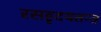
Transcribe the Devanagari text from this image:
रसहृदयतन्त्र